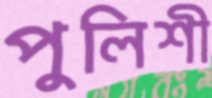
পুলিশী